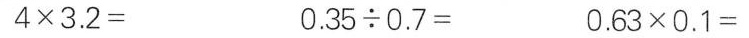
$$4 \times 3 . 2 =$$ $$0 . 3 5 {\div} 0 . 7 =$$